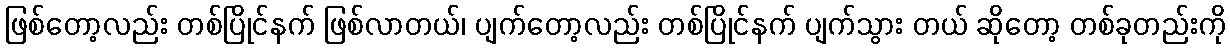
ဖြစ်တော့လည်း တစ်ပြိုင်နက် ဖြစ်လာတယ်၊ ပျက်တော့လည်း တစ်ပြိုင်နက် ပျက်သွား တယ် ဆိုတော့ တစ်ခုတည်းကို